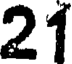
21